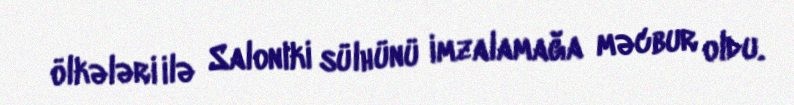
ölkələri ilə Saloniki sülhünü imzalamağa məcbur oldu.